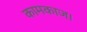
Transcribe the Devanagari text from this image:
कामकाज।